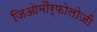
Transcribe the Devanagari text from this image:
जिओमौर्फोलोजी